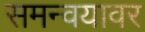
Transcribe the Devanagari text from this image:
समन्वयावर